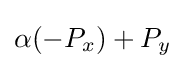
\alpha (-P_{x})+P_{y}